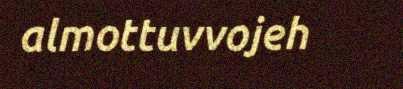
almottuvvojeh